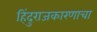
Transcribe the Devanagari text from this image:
हिंदुराजकारणाचा